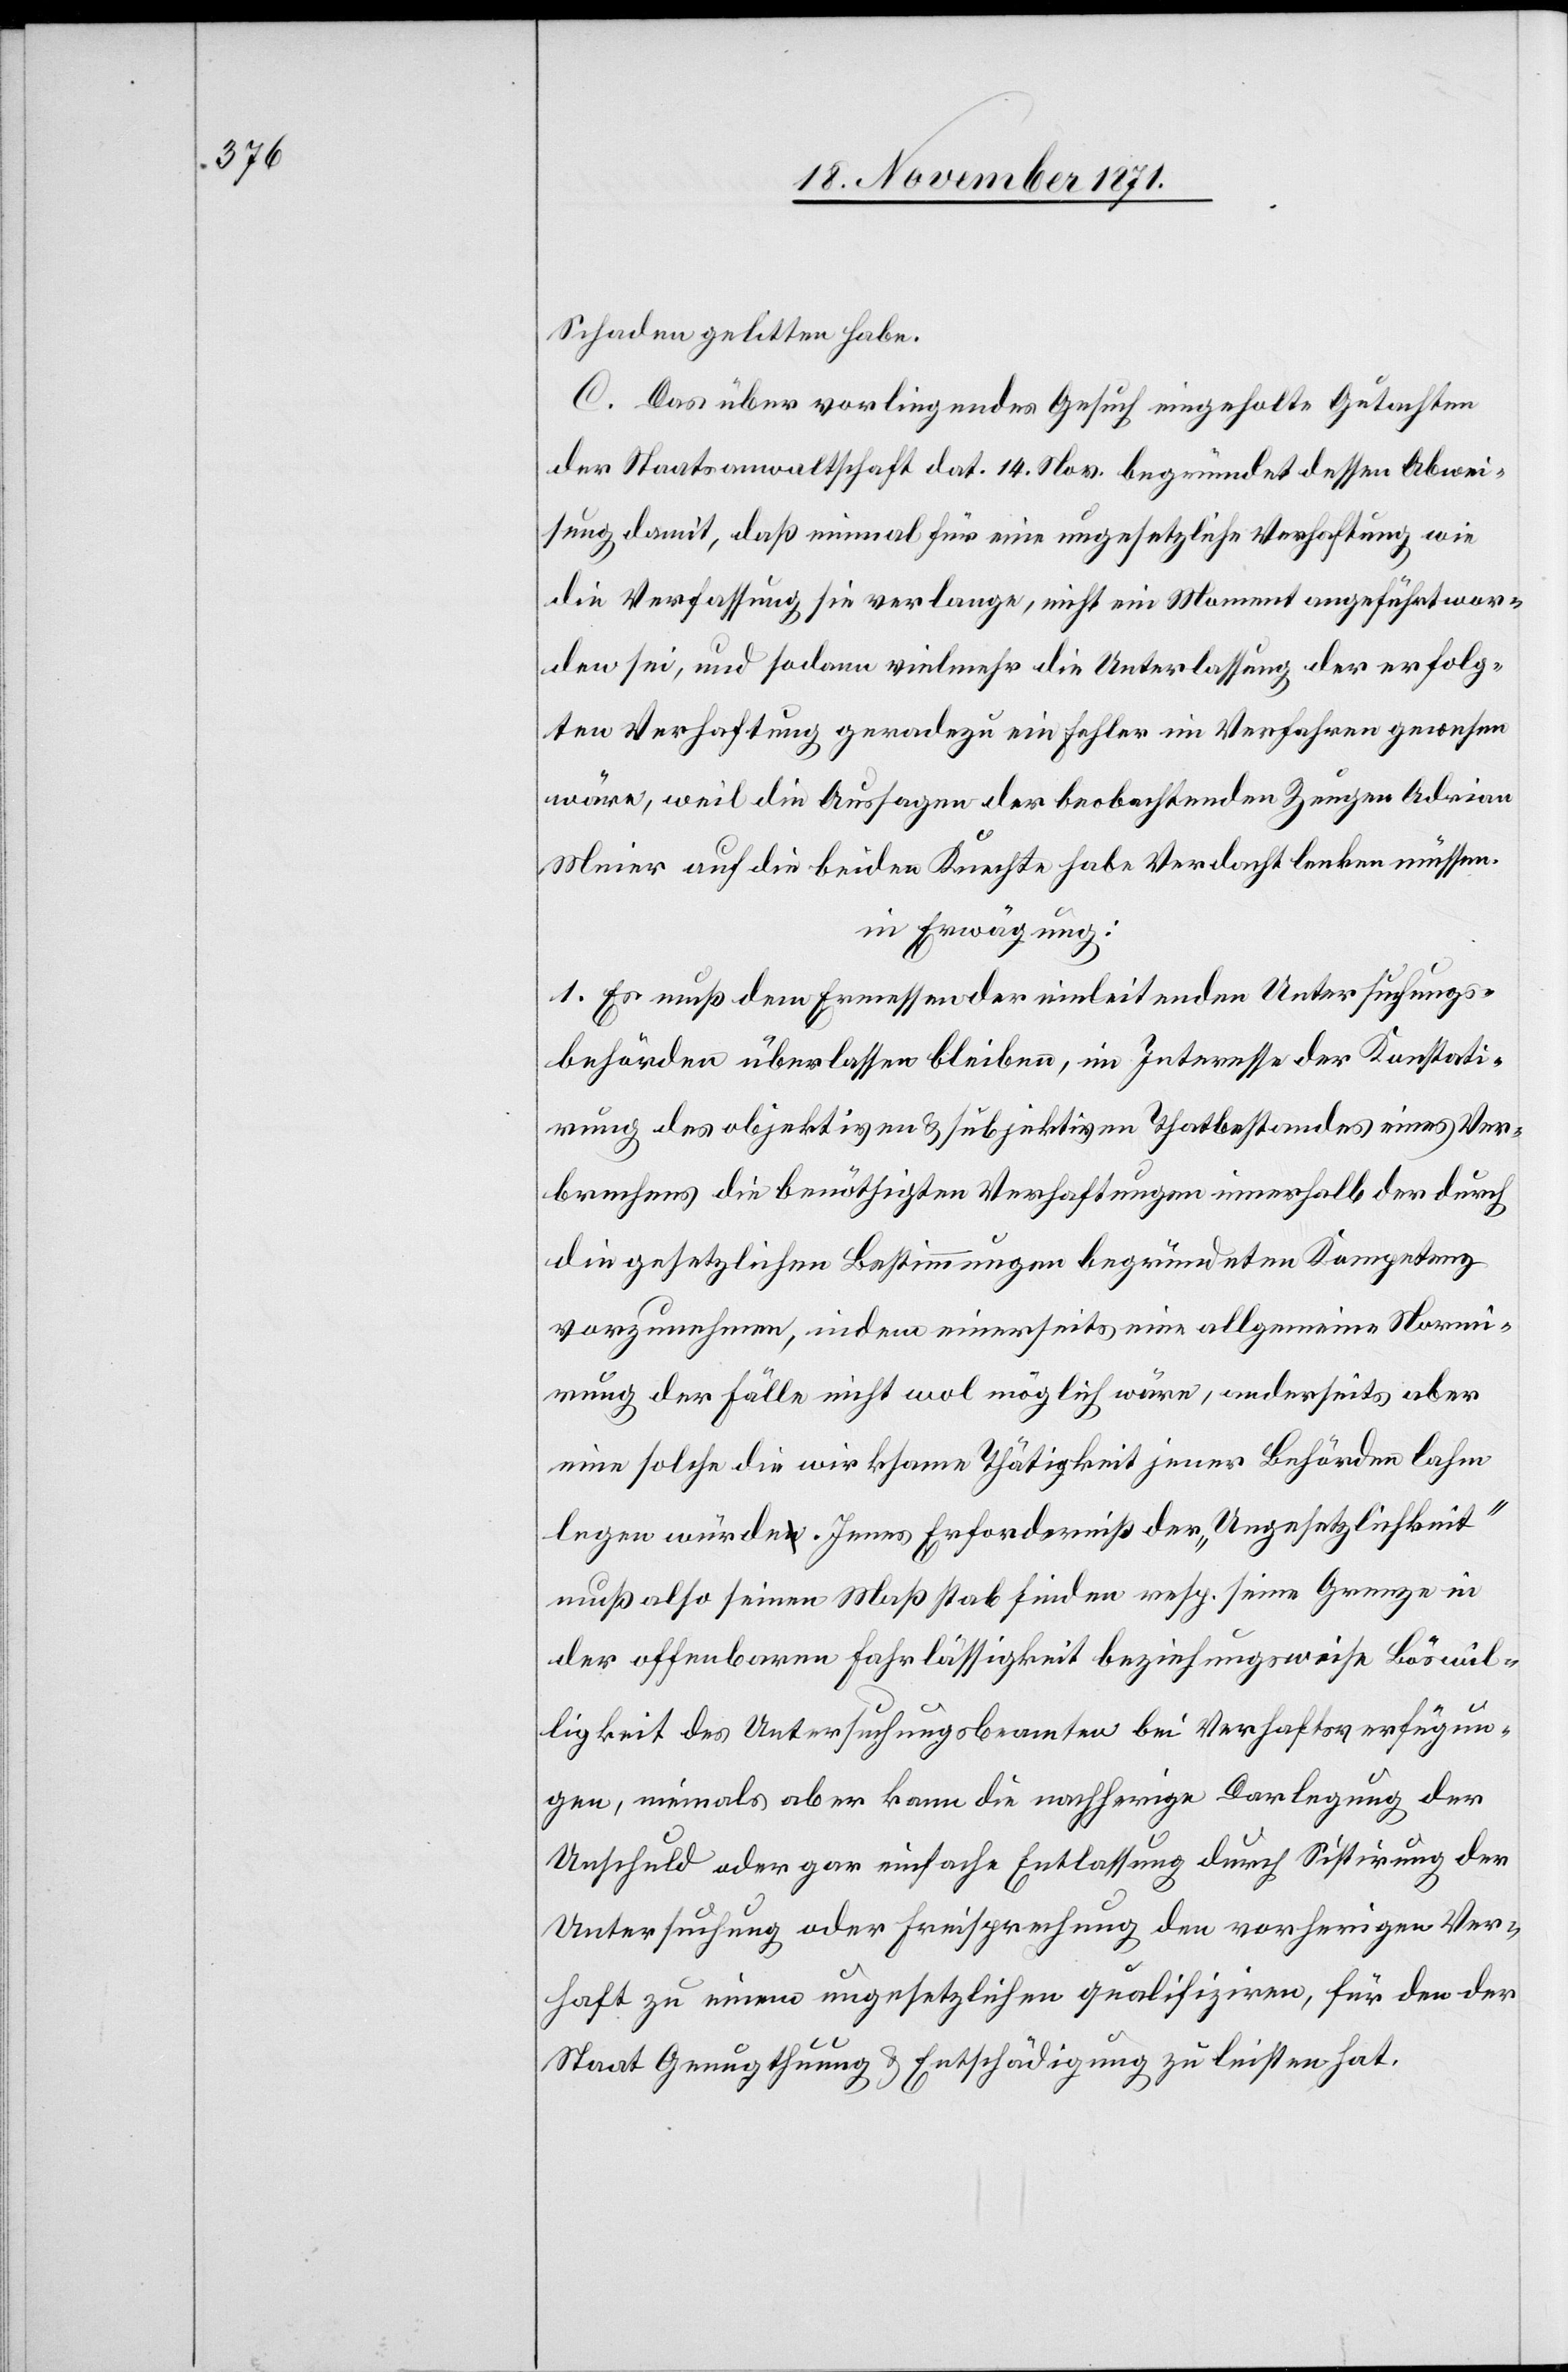
Schaden gelitten habe.
C. Das über vorliegendes Gesuch eingeholte Gutachten
der Staatsanwaltschaft dat. 14. Nov. begründet dessen Abwei¬
sung damit, daß einmal für eine ungesetzliche Verhaftung wie
die Verfassung sie verlange, nicht ein Moment angeführt wor¬
den sei, und sodann vielmehr die Unterlassung der erfolg¬
ten Verhaftung geradezu ein Fehler im Verfahren gewesen
wäre, weil die Aussagen der beobachtenden Zeugen Adrian
Meier auf die beiden Knechte habe Verdacht lenken müssen.
in Erwägung:
1. Es muß dem Ermessen der einleitenden Untersuchungs¬
behörden überlassen bleiben, im Interesse der Konstati¬
rung des objektiven & subjektiven Thatbestandes eines Ver¬
brechens die benöthigten Verhaftungen innerhalb der durch
die gesetzlichen Bestimmungen begründeten Kompetenz
vorzunehmen, indem einerseits eine allgemeine Normi¬
rung der Fälle nicht wol möglich wäre, anderseits aber
eine solche die wirksame Thätigkeit jener Behörden lahm
legen würde. Jenes Erforderniß der „Ungesetzlichkeit“
muß also seinen Maßstab finden resp. seine Grenze in
der offenbaren Fahrlässigkeit beziehungsweise Böswil¬
ligkeit des Untersuchungsbeamten bei Verhaftsverfügun¬
gen, niemals aber kann die nachherige Darlegung der
Unschuld oder gar einfache Entlassung durch Sistirung der
Untersuchung oder Freisprechung den vorherigen Ver¬
haft zu einem ungesetzlichen qualifiziren, für den der
Staat Genugthuung & Entschädigung zu leisten hat.